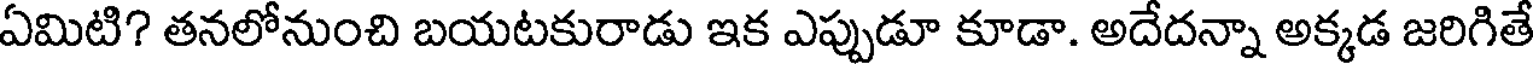
ఏమిటి? తనలోనుంచి బయటకురాడు ఇక ఎప్పుడూ కూడా. అదేదన్నా అక్కడ జరిగితే